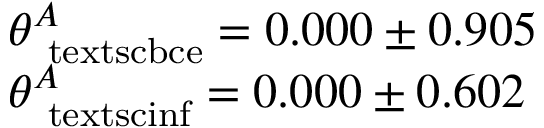
\begin{array} { l l } { \theta _ { \mathrm { \ t e x t s c { b c e } } } ^ { A } = 0 . 0 0 0 \pm 0 . 9 0 5 } \\ { \theta _ { \mathrm { \ t e x t s c { i n f } } } ^ { A } = 0 . 0 0 0 \pm 0 . 6 0 2 } \end{array}